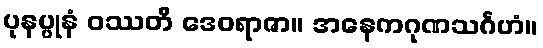
ပုနပ္ပုနံ ဝဿတိ ဒေဝရာဇာ။ အနေကဂုဏသင်္ဂဟံ။